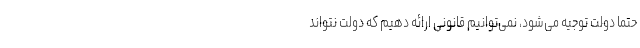
حتما دولت توجیه می‌شود، نمی‌توانیم قانونی ارائه دهیم که دولت نتواند